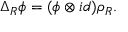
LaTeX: \Delta _ { R } \phi = ( \phi \otimes i d ) \rho _ { R } .